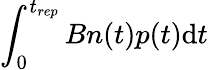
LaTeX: \int_{0}^{t_{rep}}Bn(t)p(t)\mathrm{d}t